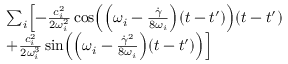
\begin{array} { r l } & { \sum _ { i } \Bigl [ - \frac { c _ { i } ^ { 2 } } { 2 \omega _ { i } ^ { 2 } } \cos \Bigl ( \Bigl ( \omega _ { i } - \frac { \dot { \gamma } } { 8 \omega _ { i } } \Bigr ) ( t - t ^ { \prime } ) \Bigr ) ( t - t ^ { \prime } ) } \\ & { + \frac { c _ { i } ^ { 2 } } { 2 \omega _ { i } ^ { 3 } } \sin \Bigl ( \Bigl ( \omega _ { i } - \frac { \dot { \gamma } ^ { 2 } } { 8 \omega _ { i } } \Bigr ) ( t - t ^ { \prime } ) \Bigr ) \Bigr ] } \end{array}